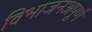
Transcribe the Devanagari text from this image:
विभाजनअपूर्ण